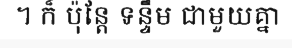
។ ក៏ ប៉ុន្តែ ទន្ទឹម ជាមួយគ្នា